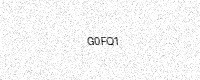
Text: G0FQ1